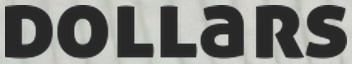
dollars